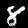
Digit: 8